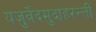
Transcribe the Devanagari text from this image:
यजुर्वेदमुदाहरन्तीं